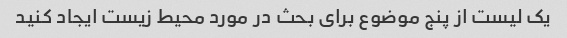
یک لیست از پنج موضوع برای بحث در مورد محیط زیست ایجاد کنید